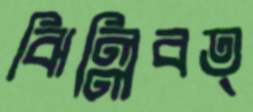
ঝিল্লিবত্